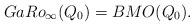
LaTeX: \begin{align*}GaRo_{\infty}(Q_{0})=BMO(Q_{0}). \end{align*}